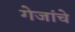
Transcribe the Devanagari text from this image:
गेजांचे